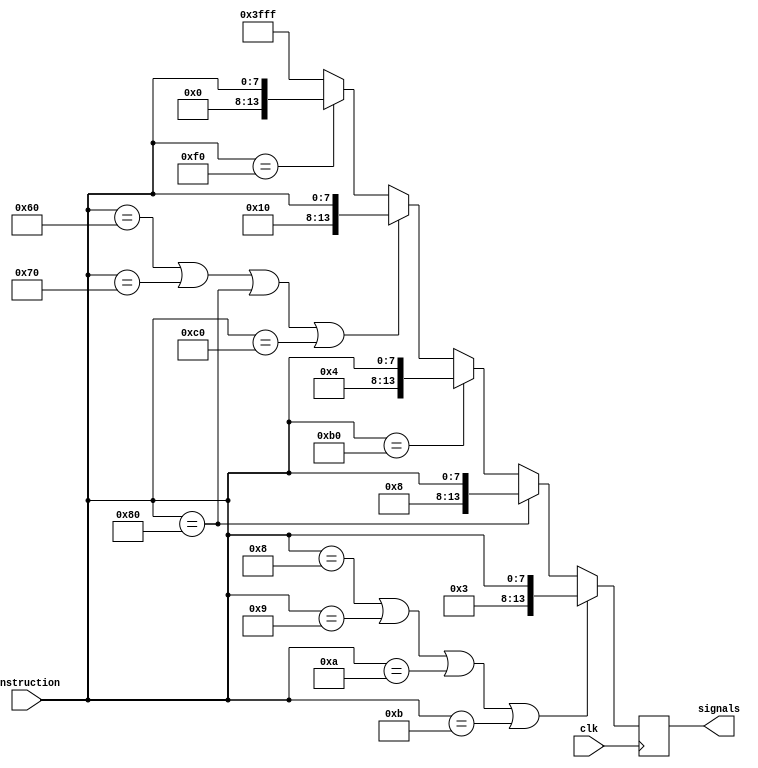
module control(clk, instruction, signals);
    input clk;
    input [7:0] instruction;
    // output signals = [regdst, branch, memread, memwrite, alusrc, regwrite, opcode, funct_code};
    output reg [13:0] signals;
    
    always @(posedge clk) begin
        // Addition, subtraction, and
        if (instruction == 8'h0C | instruction == 8'h0D | instruction == 8'h0E ) begin
            signals = {6'b000001,instruction};
        end 
        // Or,  multiplication, division
        if (instruction == 8'h0F | instruction == 8'h01 | instruction == 8'h02 ) begin
            signals = {6'b000001,instruction};
        end
        // Logical shift left/right, rotate left/right
        if (instruction == 8'h08 | instruction == 8'h09 | instruction == 8'h0A | instruction == 8'h0B ) begin
            signals = {6'b000011,instruction};
        end
        // Memory Read
        else if (instruction == 8'h80) begin
            signals = {6'b001000,instruction};
        end
        // Memory Write
        else if (instruction == 8'hB0) begin
            signals = {6'b000100,instruction};
        end
        // branch LEG / Jump
        else if (instruction == 8'h60 | instruction == 8'h70 | instruction == 8'h80 | instruction == 8'hC0) begin
            signals = {6'b010000,instruction};
        end
        // HALT
        else if (instruction == 8'hF0) begin
            signals = {6'b000000,instruction};
        end
        
        else signals = 14'h3FFF;
    end
endmodule